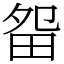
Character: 㽜